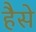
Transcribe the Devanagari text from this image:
हैसे